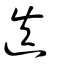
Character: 迭